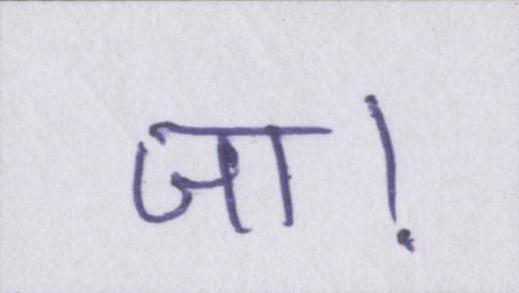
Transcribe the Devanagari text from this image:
जा।